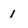
Character: 1